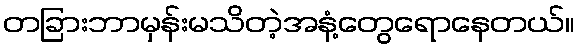
တခြားဘာမှန်းမသိတဲ့အနံ့တွေရောနေတယ်။